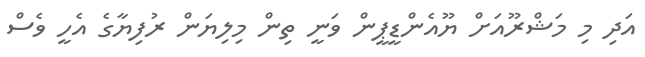
އަދި މި މަޝްރޫއަށް ޔޫއެންޑީޕީން ވަނީ ތިން މިލިޔަން ރުފިޔާގެ އެހީ ވެސް